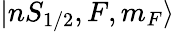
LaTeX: |nS_{1/2},F,m_{F}\rangle